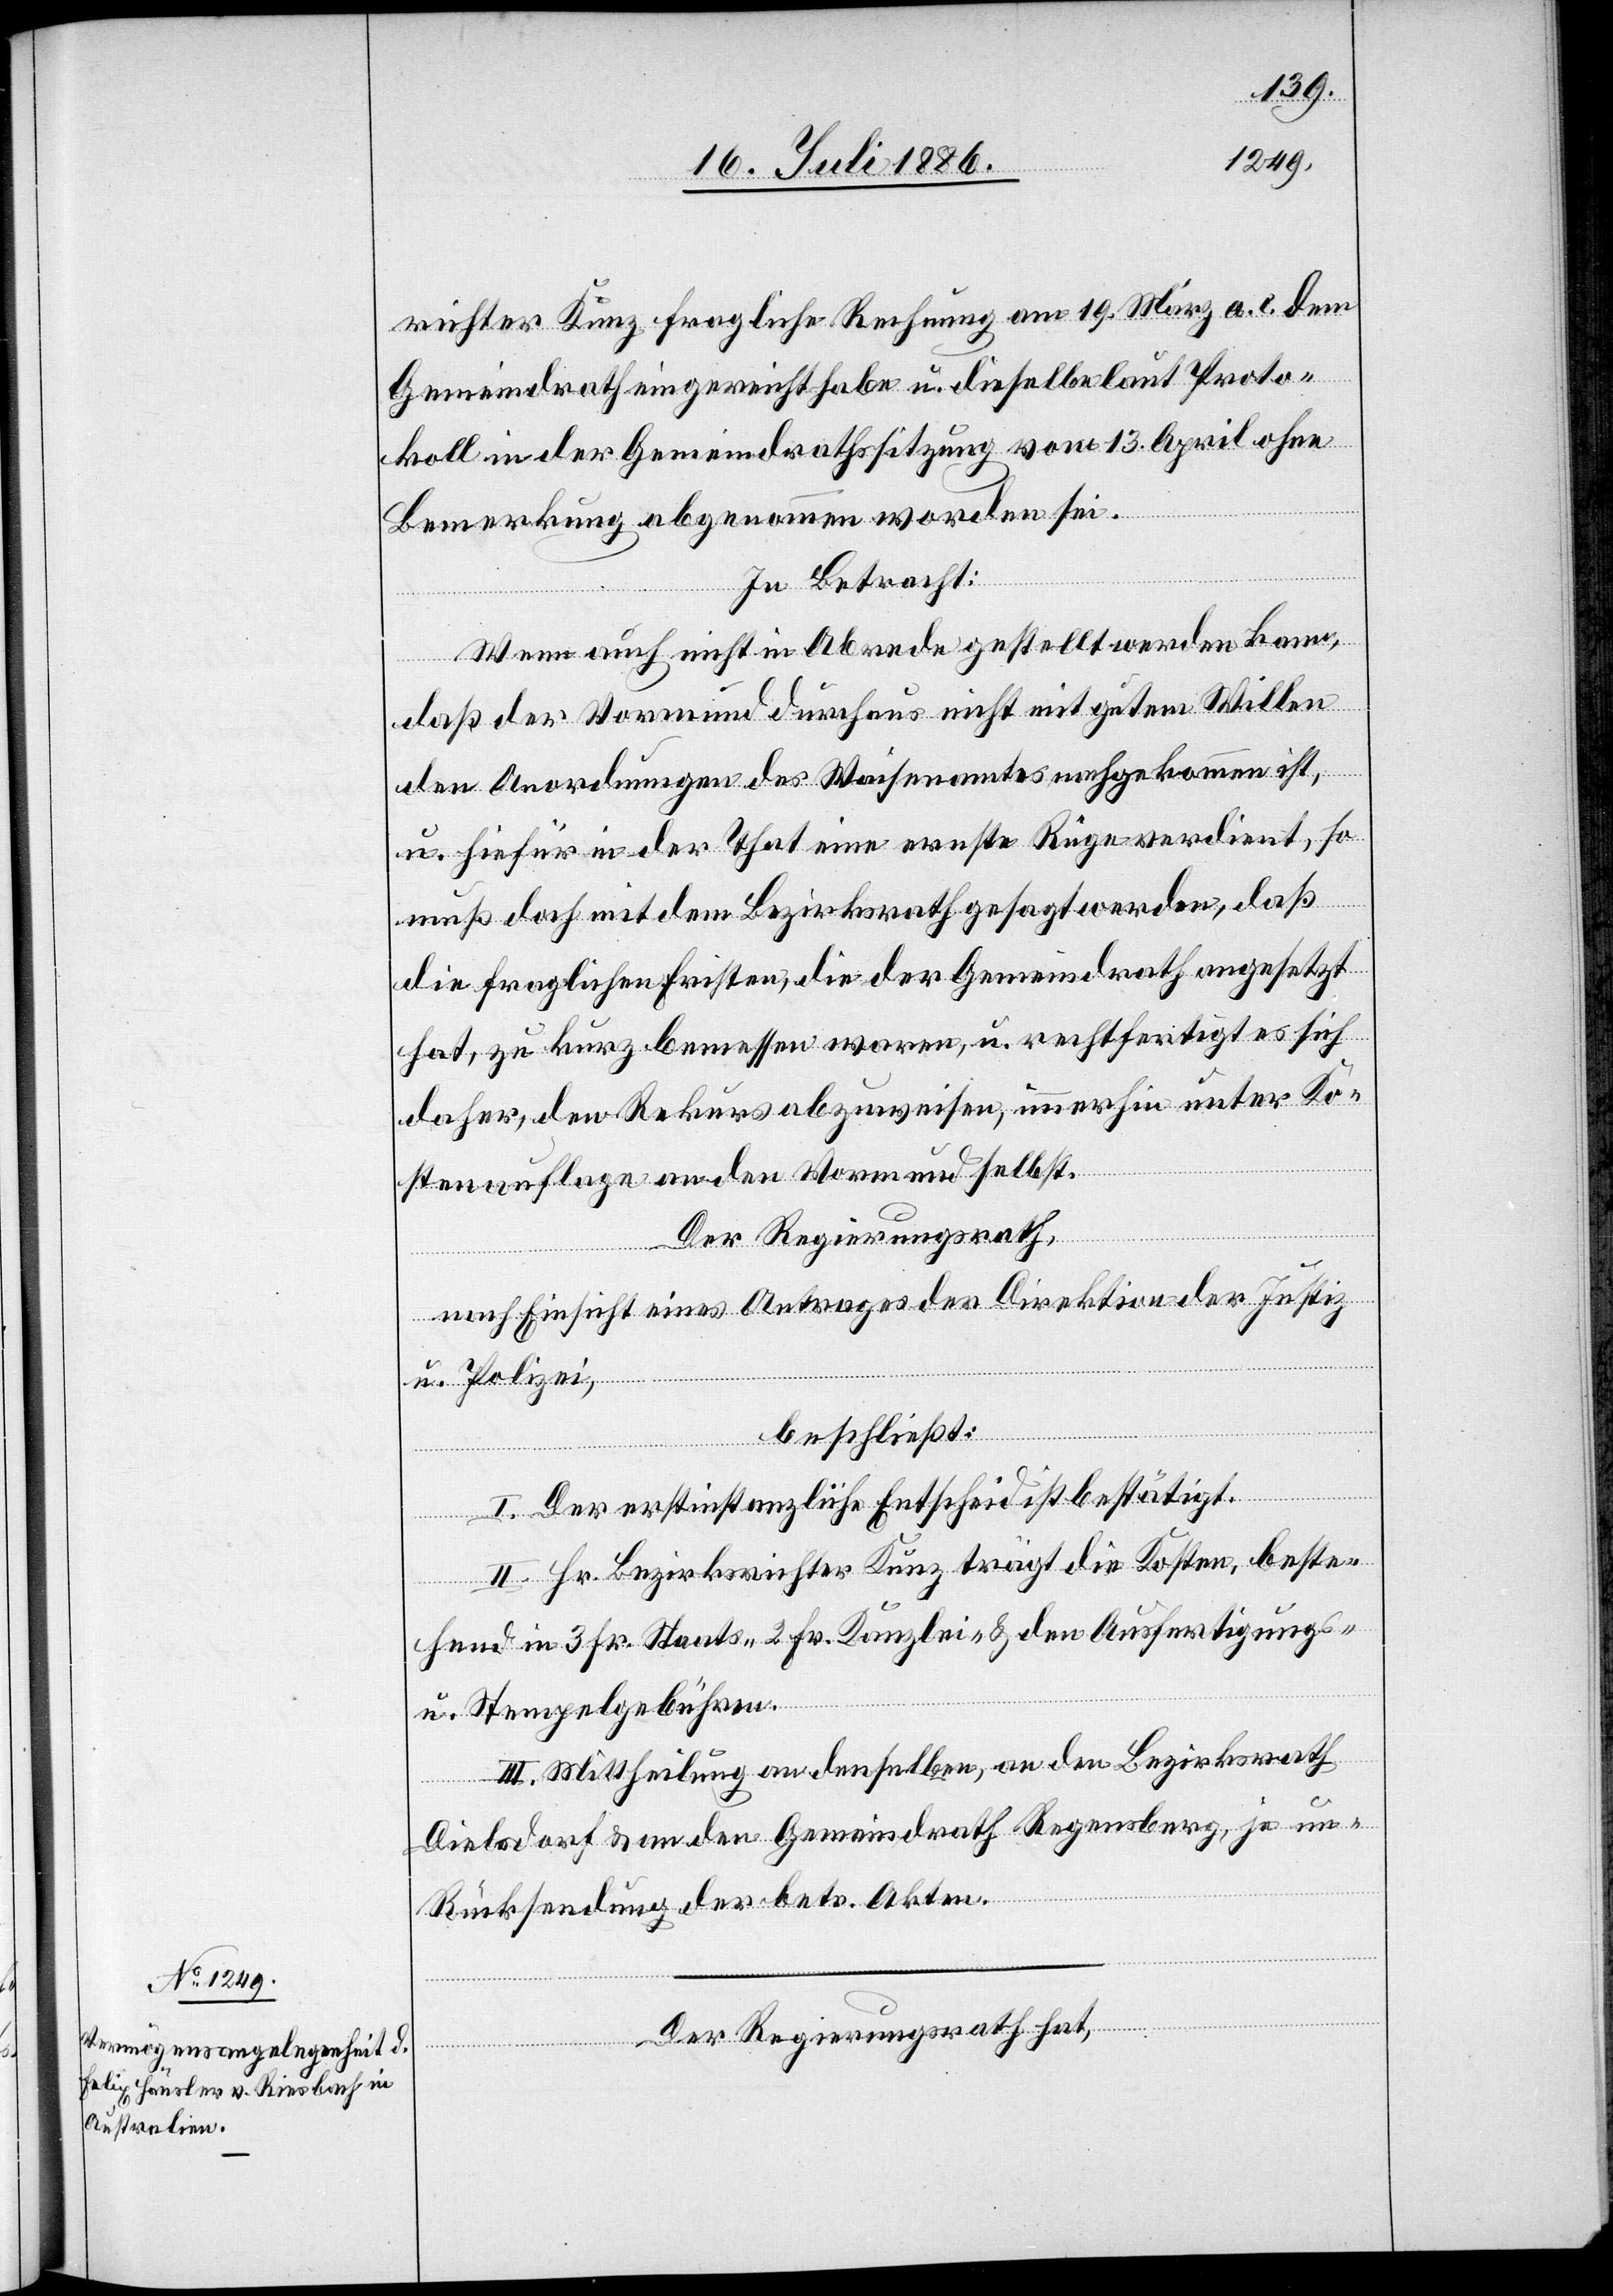
richter Kunz fragliche Rechnung am 19. März a. c. dem
Gemeindrath eingereicht habe u. dieselbe laut Proto¬
koll in der Gemeindrathssitzung vom 13. April ohne
Bemerkung abgenommen worden sei.
In Betracht:
Wenn auch nicht in Abrede gestellt werden kann,
daß der Vormund durchaus nicht mit gutem Willen
den Anordnungen des Waisenamtes nachgekommen ist,
u. hiefür in der That eine ernste Rüge verdient, so
muß doch mit dem Bezirksrath gesagt werden, daß
die fraglichen Fristen, die der Gemeindrath angesetzt
hat, zu kurz bemessen waren, u. rechtfertigt es sich
daher, den Rekurs abzuweisen, immerhin unter Ko¬
stenauflage an den Vormund selbst.
Der Regierungsrath,
nach Einsicht eines Antrages der Direktion der Justiz
u. Polizei,
beschließt:
I. Der erstinstanzliche Entscheid ist bestätigt.
n[ter]
II. Hr. Bezirksrichter Kunz trägt die Kosten, beste¬
hend in 3 Fr. Staats-, 2 Fr. Kanzlei- & den Ausfertigungs-
u. Stempelgebühren.
III. Mittheilung an denselben, an den Bezirksrath
Dielsdorf & an den Gemeindrath Regensberg, je u¬
Rücksendung der betr. Akten.
Der Regierungsrath hat,